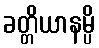
ခတ္တိယာနမ္ပိ